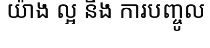
យ៉ាង ល្អ និង ការបញ្ចូល